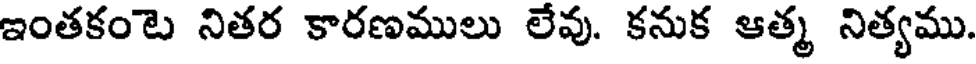
ఇంతకంటె నితర కారణములు లేవు. కనుక ఆత్మ నిత్యము.